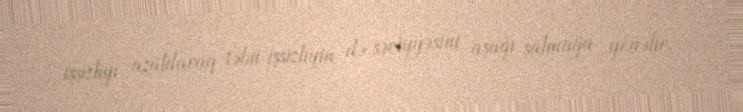
işsizliyi azaldaraq təbii işsizliyin də səviyyəsini aşağı salmağa yönəlir.